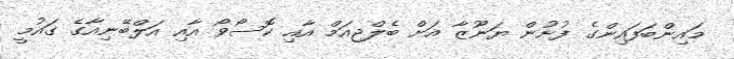
މައިންބަފައިންގެ ފުށުން ޔަނޫޒާ އަށް ބެލްޖިއަމް އާއި ކޮސޯވޯ އާއި އަލްބޭނިއާގެ ގައުމީ